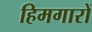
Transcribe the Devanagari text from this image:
हिमगारों